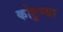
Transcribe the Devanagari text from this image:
कोटुम्बा